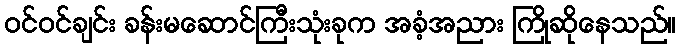
ဝင်ဝင်ချင်း ခန်းမဆောင်ကြီးသုံးခုက အခံ့အညား ကြိုဆိုနေသည်။